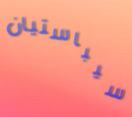
سيباستيان